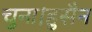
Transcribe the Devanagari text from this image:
चुना।हुसैन